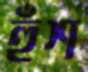
হুঁশ